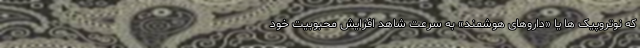
که نوتروپیک ها یا «داروهای هوشمند» به سرعت شاهد افزایش محبوبیت خود